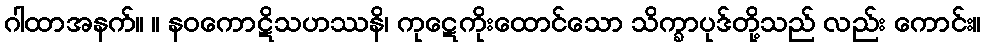
ဂါထာအနက်။ ။ နဝကောဋိသဟဿနိ၊ ကုဋေကိုးထောင်သော သိက္ခာပုဒ်တို့သည် လည်း ကောင်း။